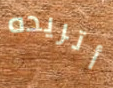
أتريده